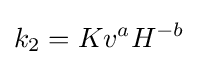
k_{2}=Kv^{a}H^{-b}